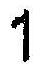
1